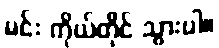
မင်း ကိုယ်တိုင် သွားပါ။